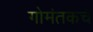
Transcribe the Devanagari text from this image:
गोमंतकचे